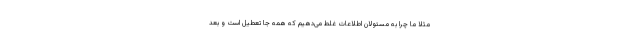
مثلا ما چرا به مسئولان اطلاعات غلط می‌دهیم که همه جا تعطیل است و بعد